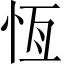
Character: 恆